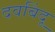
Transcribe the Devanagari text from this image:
दवबिंदू